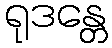
ရုဒန္တေ